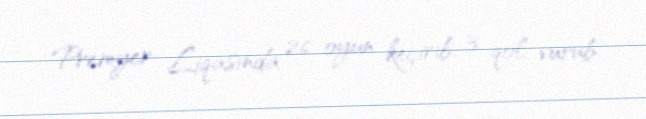
Premyer Liqasında 26 oyun keçirib, 3 qol vurub.